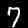
Digit: 7